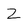
Character: Z